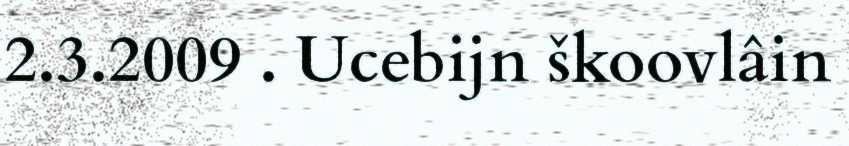
2.3.2009 . Ucebijn škoovlâin